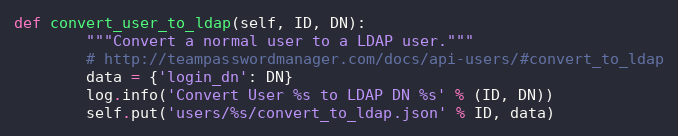
Language: Python
def convert_user_to_ldap(self, ID, DN):
        """Convert a normal user to a LDAP user."""
        # http://teampasswordmanager.com/docs/api-users/#convert_to_ldap
        data = {'login_dn': DN}
        log.info('Convert User %s to LDAP DN %s' % (ID, DN))
        self.put('users/%s/convert_to_ldap.json' % ID, data)